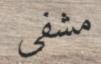
مشفى